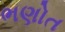
ભણોત